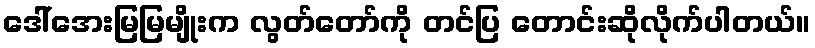
ဒေါ်အေးမြမြမျိုးက လွတ်တော်ကို တင်ပြ တောင်းဆိုလိုက်ပါတယ်။